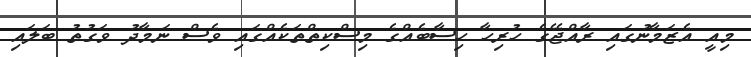
މިއީ އެޒަމާނުގައި ރާއްޖޭގެ ހުރިހާ ހިސާބެއްގެ މިސްކިތްތަކެއްގައި ވެސް ނަމާދު ވަގުތު ބަލައި